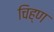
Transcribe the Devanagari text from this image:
चिह्ण